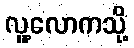
လူ့လောကသို့